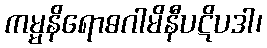
ကမ္မနိရောဓဂါမိနီပဋိပဒါ၊